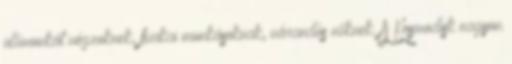
ülőmunkát végzoknek, fizikai munkásoknak, várandós nőknek. A Kosmodisk nagyon